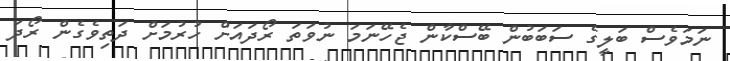
ނަމަވެސް ބަލީގެ ސަބަބުން ބޭސްކާން ޖެހޭނަމަ ނުވަތަ ރޯދައަށް ހުރުމަށް ދަތިވެގެން ރޯދަ